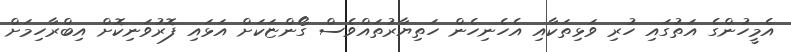
އެމީހުންގެ އަތުގައި ހުރި ވަޅިތަކާއި އެހެނިހެން ހަތިޔާރުތައްވެސް ގޯންޏަކަށް އަޅައި ފޮރުވަނިކޮށް އިބްރާހިމަށް